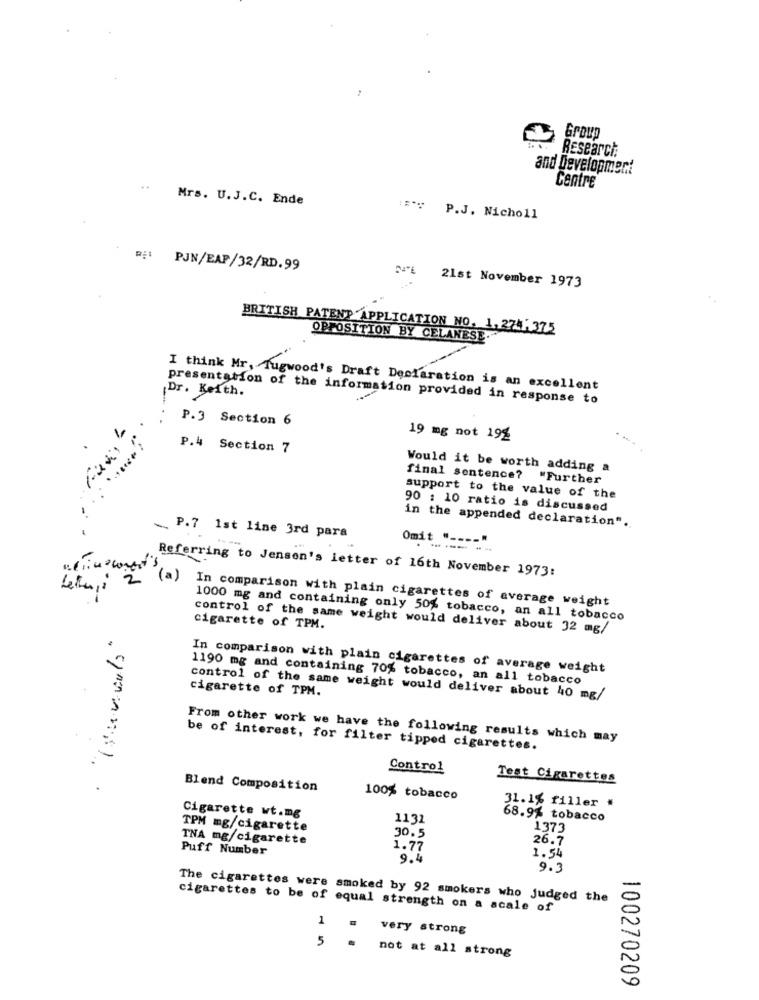
Research
and Development
..
Centre
Mrs. U.J.C. Ende
::*: P.J. Nicholl
PJN/EAP/32/RD.99
21st November 1973
BRITISH PATENT APPLICATION NO. 1,274,375
OPPOSITION BY CELANESE
Dr. Keith.
I think Mr, Tugwood's Draft Declaration is an excellent
presentation of the information provided in response to
P.3 Section 6
19 mg not 192
P.4 Section 7
Would it be worth adding a
......
final sentence? "Further
support to the value of the
90 : 10 ratio is discussed
in the appended declaration".
P.7 1st line 3rd para
Omit " ---- "
Referring to Jensen's letter of 16th November 1973:
Lettu, ; 2 (a)
In comparison with plain cigarettes of average weight
1000 mg and containing only 50% tobacco, an all tobacco
cigarette of TPM.
control of the same weight would deliver about 32 mg/
In comparison with plain cigarettes of average weight
1190 mg and containing 70% tobacco, an all tobacco
cigarette of TPM.
control of the same weight would deliver about 40 mg/
From other work we have the following results which may
be of interest, for filter tipped cigarettes.
Control
Test Cigarettes
Blend Composition
100% tobacco
31.1% filler #
Cigarette wt.mg
1131
68.9% tobacco
TPM mg/cigarette
1373
TNA mg/cigarette
30.5
26.7
Puff Number
1.77
9.4
1.54
9.3
The cigarettes were smoked by 92 smokers who judged the
cigarettes to be of equal strength on a scale of
1
very strong
5
not at all strong
100270209